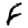
Digit: 8